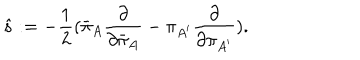
{ \hat { s } } : = - { \frac { 1 } { 2 } } ( { \bar { \pi } } _ { A } { \frac { \partial } { \partial { \bar { \pi } } _ { A } } } - \pi _ { A ^ { \prime } } { \frac { \partial } { \partial \pi _ { A ^ { \prime } } } } ) .